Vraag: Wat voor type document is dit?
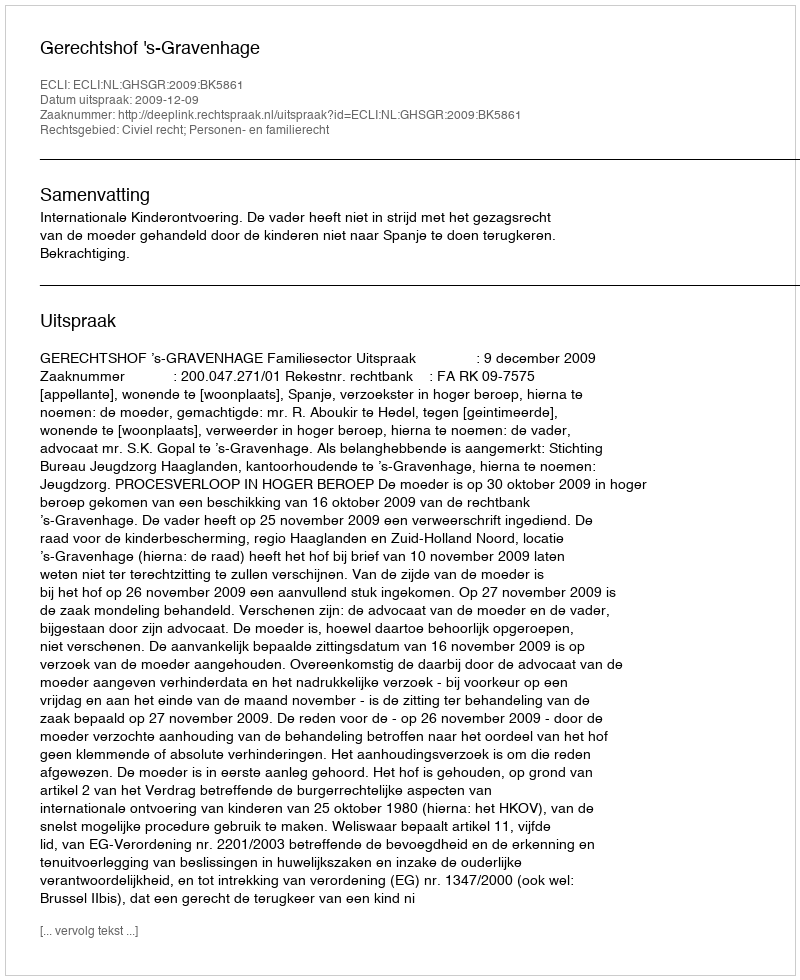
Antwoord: Uitspraak